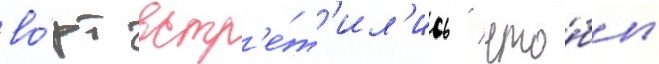
во́рт встр'е́т'ил'ись / что́бы